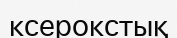
ксерокстық